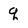
Character: q